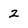
Character: z